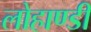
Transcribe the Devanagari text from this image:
लोहाण्डी